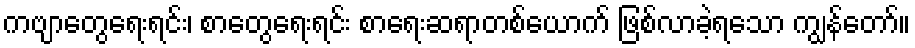
ကဗျာတွေရေးရင်း၊ စာတွေရေးရင်း စာရေးဆရာတစ်ယောက် ဖြစ်လာခဲ့ရသော ကျွန်တော်။